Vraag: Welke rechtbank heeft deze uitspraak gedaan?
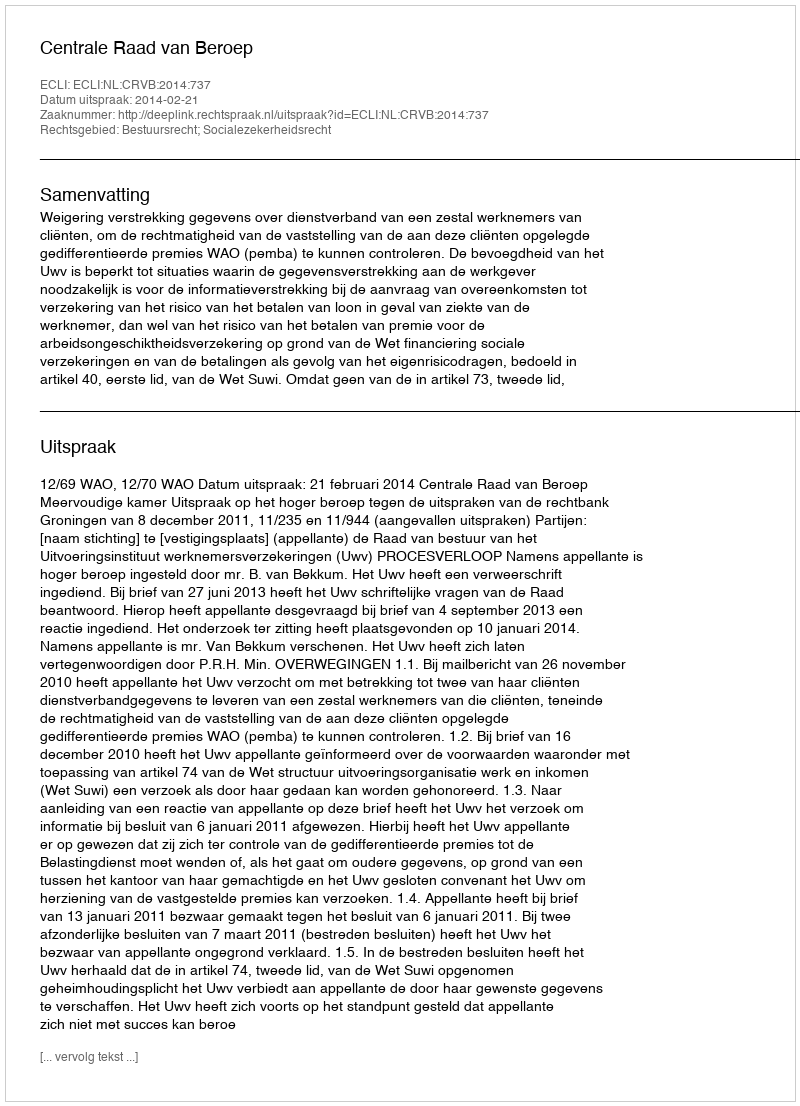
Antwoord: Centrale Raad van Beroep